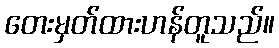
တေးမှတ်ထားဟန်တူသည်။